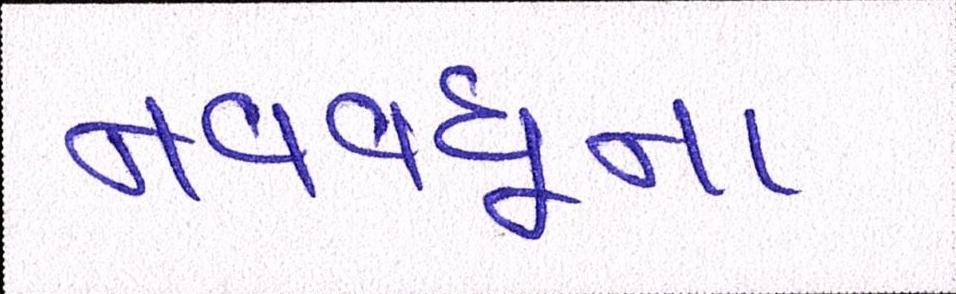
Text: નવવધૂના